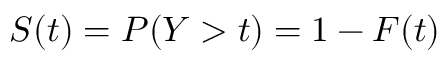
S ( t ) = P ( Y > t ) = 1 - F ( t )